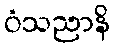
ဝံသညာနိ